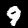
Digit: 9